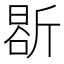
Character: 𭤤